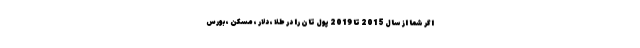
اگر شما از سال 2015 تا 2019 پول تان را در طلا ، دلار ، مسکن ، بورس